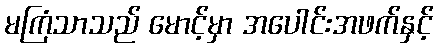
မကြံသာသည် မောင့်မှာ အပေါင်းအဖက်နှင့်